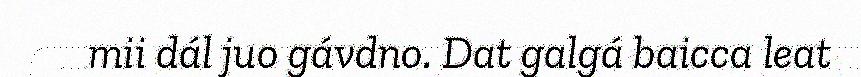
mii dál juo gávdno. Dat galgá baicca leat